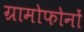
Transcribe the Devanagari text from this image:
ग्रामोफोनों